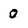
Character: 0